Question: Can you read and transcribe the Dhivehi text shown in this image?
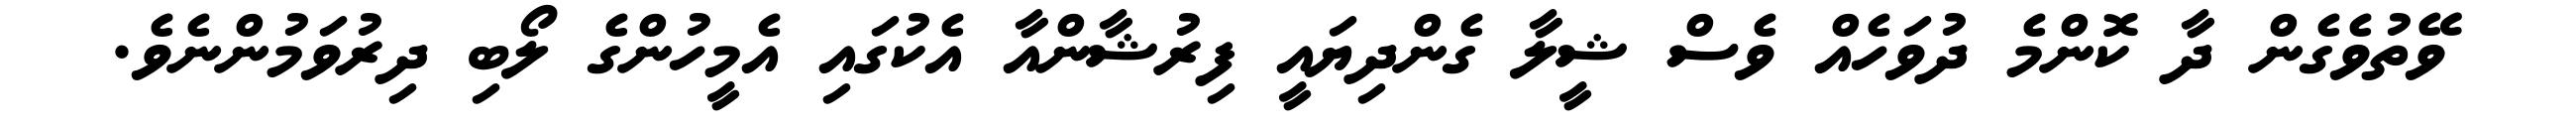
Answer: ވޭތުވެގެން ދާ ކޮންމެ ދުވަހެއް ވެސް ޝީލާ ގެންދިޔައީ ފިރުޝާންއާ އެކުގައި އެމީހުންގެ ލޯބި ދިރުވަމުންނެވެ.